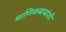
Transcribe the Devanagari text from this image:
माणिकबाबांशी